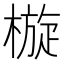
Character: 㯀